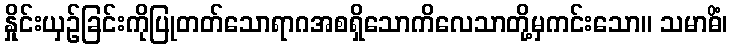
နှိုင်းယှဉ်ခြင်းကိုပြုတတ်သောရာဂအစရှိသောကိလေသာတို့မှကင်းသော။ သမာဓိံ၊